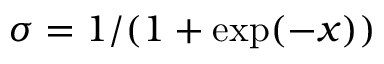
\sigma = 1 / ( 1 + \exp ( - x ) )